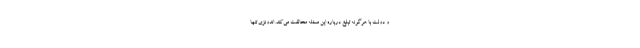
و دولت با هرگونه تبلیغ درباره این مسئله مخالفت می‌کند. اندونزی تنها